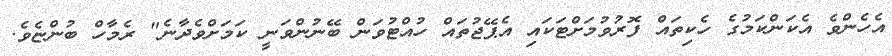
އެހެންވެ އެކަންކަމުގެ ހެކިތައް ފޮރުވުމަށްޓަކައި އެޕޭޖުތައް ހުއްޓުވަން ބޭނުންވަނީ ކަމަށްވެދާނެ" ރެމާހް ބުންޏެވެ.